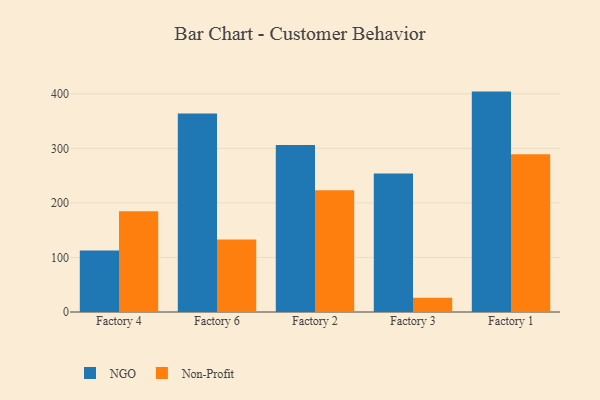
{"axis": {"x": "Factory", "y": "Inventory Turnover"}, "legend": ["NGO", "Non-Profit"], "data": [{"x": "Factory 4", "y": 112.7, "type": "NGO"}, {"x": "Factory 4", "y": 184.8, "type": "Non-Profit"}, {"x": "Factory 6", "y": 363.7, "type": "NGO"}, {"x": "Factory 6", "y": 132.8, "type": "Non-Profit"}, {"x": "Factory 2", "y": 306.1, "type": "NGO"}, {"x": "Factory 2", "y": 223.1, "type": "Non-Profit"}, {"x": "Factory 3", "y": 253.7, "type": "NGO"}, {"x": "Factory 3", "y": 25.9, "type": "Non-Profit"}, {"x": "Factory 1", "y": 404.0, "type": "NGO"}, {"x": "Factory 1", "y": 289.3, "type": "Non-Profit"}]}